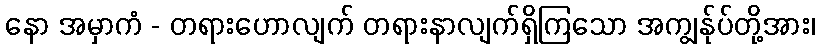
နော အမှာကံ - တရားဟောလျက် တရားနာလျက်ရှိကြသော အကျွန်ုပ်တို့အား၊